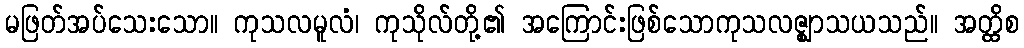
မဖြတ်အပ်သေးသော။ ကုသလမူလံ၊ ကုသိုလ်တို့၏ အကြောင်းဖြစ်သောကုသလဇ္ဈာသယသည်။ အတ္ထိစ